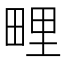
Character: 𭻕